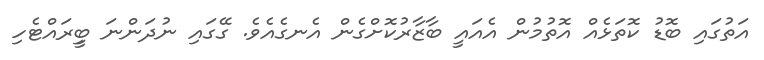
އަތުގައި ބޮޑު ކޮތަޅެއް އޮތުމުން އެއައީ ބާޒާރުކޮށްގެން އެނގެއެވެ. ގޭގައި ނުދަންނަ ބީިރައްޓެހި